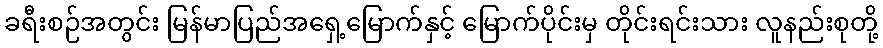
ခရီးစဉ်အတွင်း မြန်မာပြည်အရှေ့မြောက်နှင့် မြောက်ပိုင်းမှ တိုင်းရင်းသား လူနည်းစုတို့